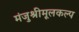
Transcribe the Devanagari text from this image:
मंजुश्रीमूलकल्प